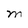
Character: M